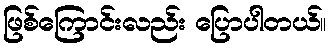
ဖြစ်ကြောင်းလည်း ပြောပါတယ်။